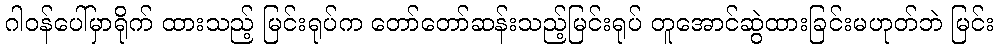
ဂါဝန်ပေါ်မှာရိုက် ထားသည့် မြင်းရုပ်က တော်တော်ဆန်းသည့်မြင်းရုပ် တူအောင်ဆွဲထားခြင်းမဟုတ်ဘဲ မြင်း